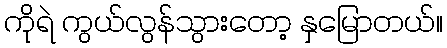
ကိုရဲ ကွယ်လွန်သွားတော့ နှမြောတယ်။